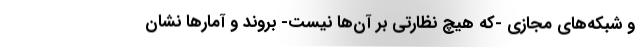
و شبکه‌های مجازی -که هیچ نظارتی بر آن‌ها نیست- بروند و آمارها نشان